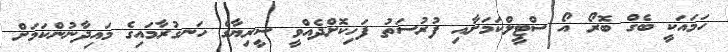
ހަމައަކީ ބެގް ބޮރޯ އޯ ސްޓީލްކަމަށާއި ފުރުސަތު ފަހިކޮށްދެއްވީ ސީރިޔާގެ ހަނގުރާމައިގެ މައިދާނުންކަމަށް